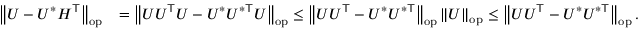
\begin{array} { r l } { \left\| { U - U ^ { * } H ^ { \top } } \right\| _ { \mathrm { o p } } } & { = \left\| { U U ^ { \top } U - U ^ { * } U ^ { * \top } U } \right\| _ { \mathrm { o p } } \leq \left\| { U U ^ { \top } - U ^ { * } U ^ { * \top } } \right\| _ { \mathrm { o p } } \left\| { U } \right\| _ { \mathrm { o p } } \leq \left\| { U U ^ { \top } - U ^ { * } U ^ { * \top } } \right\| _ { \mathrm { o p } } . } \end{array}